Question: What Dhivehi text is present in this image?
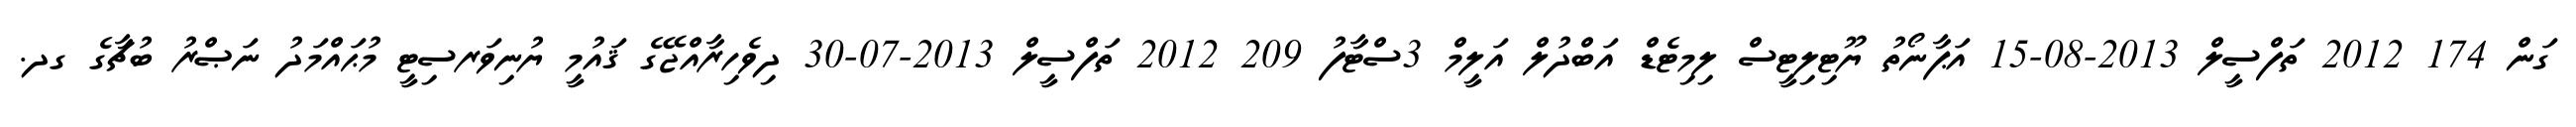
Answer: ގަން 174 2012 ތަފްސީލް 2013-08-15 އަޕާނޯތު ޔޫޓިލިޓީސް ލިމިޓެޑް އަބްދުލް އަލީމް 3ސްޓާފު 209 2012 ތަފްސީލް 2013-07-30 ދިވެހިރާއްޖޭގެ ޤައުމީ ޔުނިވަރސިޓީ މުޙައްމަދު ނަޞްރު ބުޗާގެ ގދ.